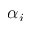
\alpha _ { i }